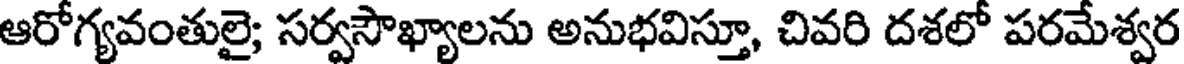
ఆరోగ్యవంతులై; సర్వసౌఖ్యాలను అనుభవిస్తూ, చివరి దశలో పరమేశ్వర